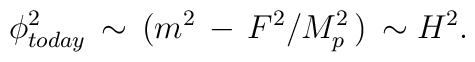
\phi^2_{today} \, \sim \, ( m^2 \, -\, F^2/ M_p^2 \,)\, \sim H^2.